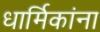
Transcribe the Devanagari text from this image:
धार्मिकांना